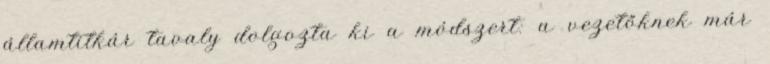
államtitkár tavaly dolgozta ki a módszert: a vezetőknek már